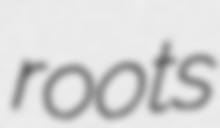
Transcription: roots